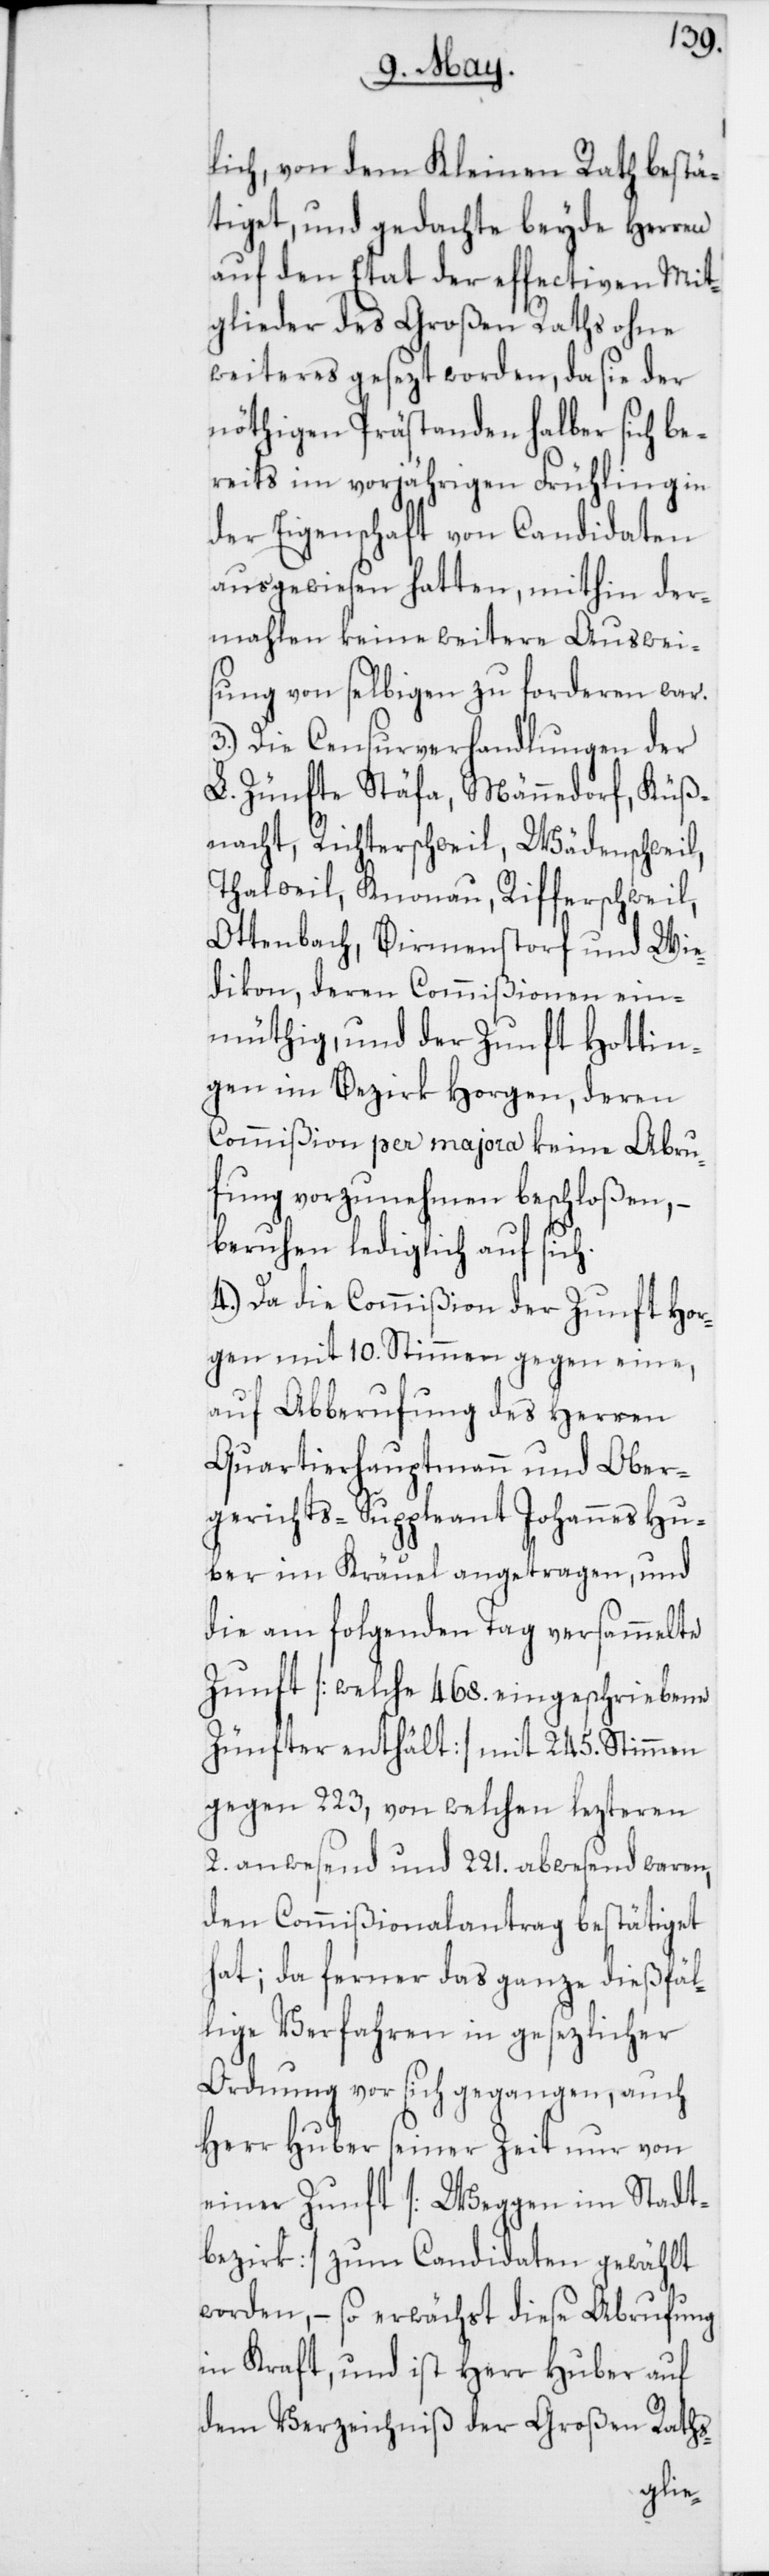
lich, von dem Kleinen Rath bestä¬
tiget, und gedachte beyde Herren
auf den Etat der effectiven Mit¬
glieder des Großen Raths ohne
weiteres gesezt worden, da sie der
nöthigen Prästanden halber sich be¬
reits im vorjährigen Frühling in
der Eigenschaft von Candidaten
ausgewiesen hatten, mithin der¬
mahlen keine weitere Auswei¬
sung von selbigen zu forderen war.
3.) Die Censurverhandlungen der
L. Zünfte Stäfa, Männedorf, Küß¬
nacht, Richterschweil, Wädenschweil,
Thalweil, Knonau, Rifferschweil,
Ottenbach, Birmenstorf und Wie¬
dikon, deren Commißionen ein¬
müthig, und der Zunft Hottin¬
gen im Bezirk Horgen, deren
Commißion per majora keine Abru¬
fung vorzunehmen beschloßen,
beruhen lediglich auf sich.
4.) Da die Commißion der Zunft Hor¬
gen mit 10. Stimmen gegen eine,
auf Abberufung des Herren
Quartierhauptmann und Ober¬
gerichts-Suppleant Johannes Hu¬
ber im Kräuel angetragen, und
die am folgenden Tag versammelte
Zunft [welche 468. eingeschriebene
Zünfter enthält] mit 245. Stimmen
gegen 223, von welchen lezteren
2. anwesend und 221. abwesend waren,
den Commißionalantrag bestätiget
hat; da ferner das ganze dießfäl¬
lige Verfahren in gesetzlicher
Ordnung vor sich gegangen, auch
Herr Huber seiner Zeit nur von
einer Zunft [Weggen im Stadt¬
bezirk] zum Candidaten gewählt
worden, – so erwächst diese Abrufung
in Kraft, und ist Herr Huber auf
dem Verzeichniß der Großen Raths-